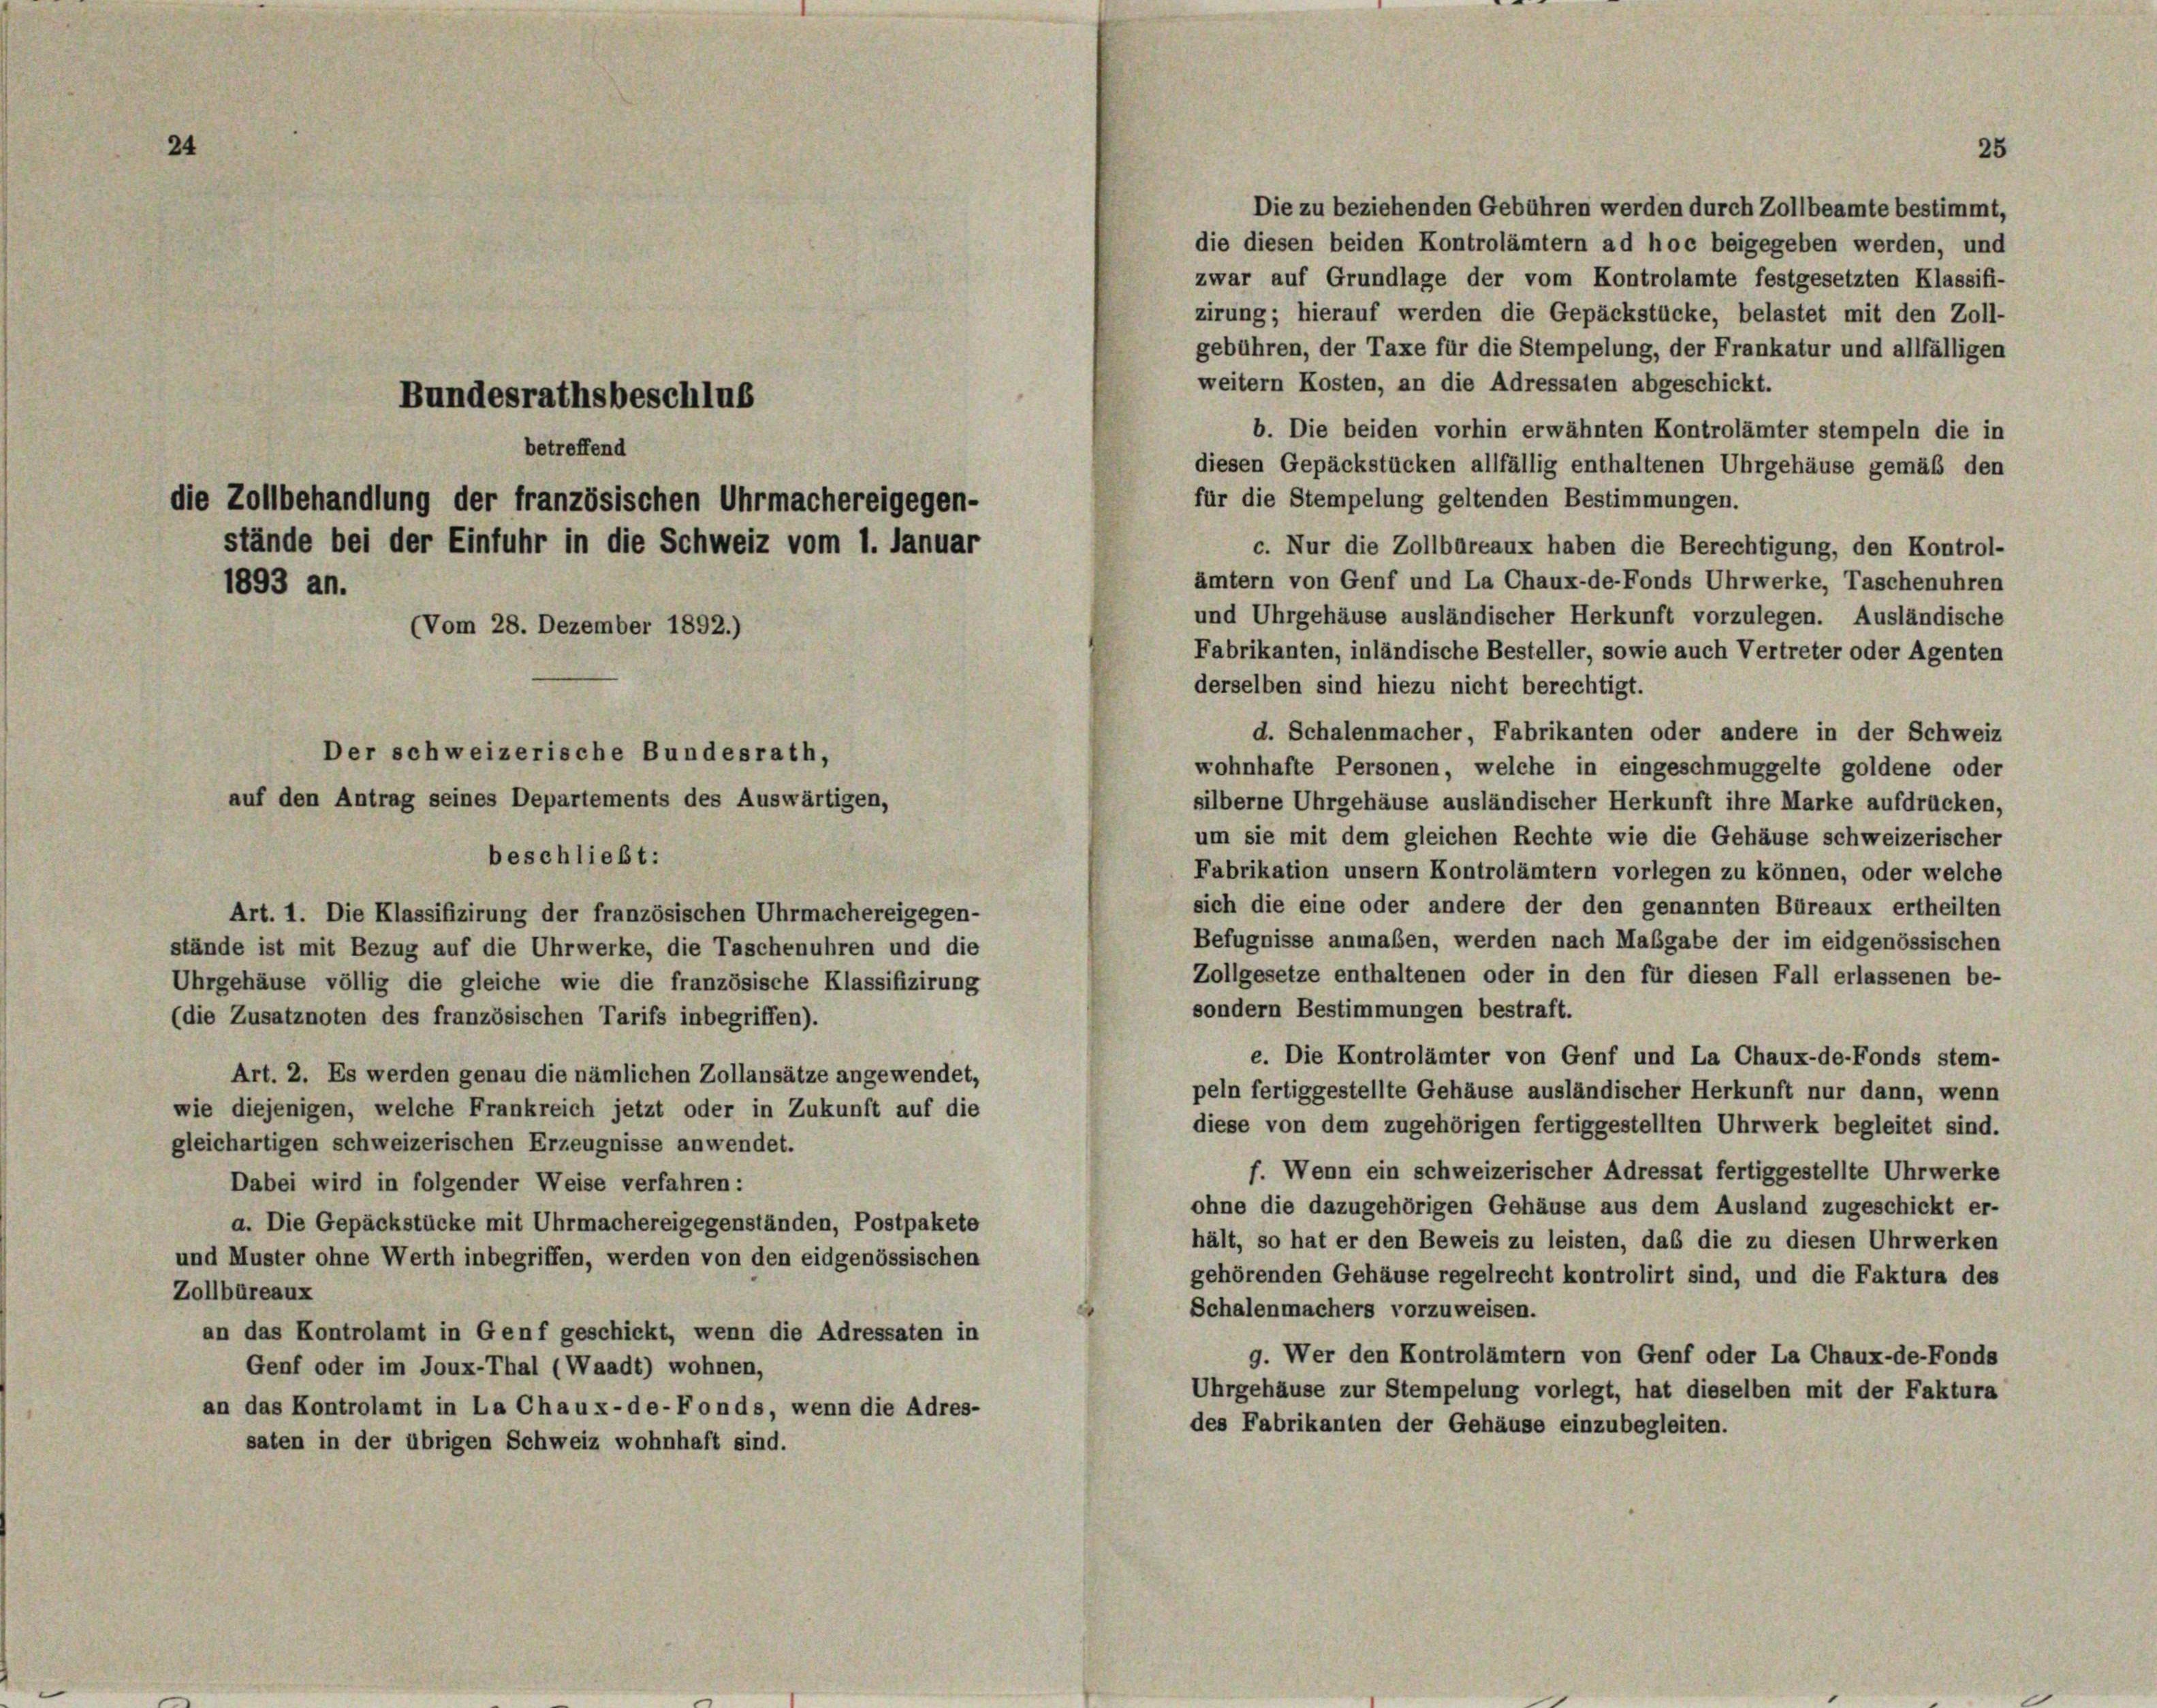
1893 an.

derselben sind hiezu nicht berechtigt.
d. Schalenmacher, Fabrikanten oder andere in der Schweiz
wohnhafte Personen, welche in eingeschmuggelte goldene oder
silberne Uhrgehäuse ausländischer Herkunft ihre Marke aufdrücken,
um sie mit dem gleichen Rechte wie die Gehäuse schweizerischer
Fabrikation unsern Kontrolämtern vorlegen zu können, oder welche
sich die eine oder andere der den genannten Büreaux ertheilten
Art. 1. Die Klassifizirung der französischen Uhrmachereigegen-
Befugnisse anmaßen, werden nach Maßgabe der im eidgenössischen
stände ist mit Bezug auf die Uhrwerke, die Taschenuhren und die
Zollgesetze enthaltenen oder in den für diesen Fall erlassenen be-
Uhrgehäuse völlig die gleiche wie die französische Klassifizirung
sondern Bestimmungen bestraft.
(die Zusatznoten des französischen Tarifs inbegriffen).
e. Die Kontrolämter von Genf und La Chaux-de-Fonds stem-
Art. 2. Es werden genau die nämlichen Zollansätze angewendet,
peln fertiggestellte Gehäuse ausländischer Herkunft nur dann, wenn
wie diejenigen, welche Frankreich jetzt oder in Zukunft auf die
diese von dem zugehörigen fertiggestellten Uhrwerk begleitet sind.
gleichartigen schweizerischen Erzeugnisse anwendet.
f. Wenn ein schweizerischer Adressat fertiggestellte Uhrwerke
Dabei wird in folgender Weise verfahren:
ohne die dazugehörigen Gehäuse aus dem Ausland zugeschickt er-
a. Die Gepäckstücke mit Uhrmachereigegenständen, Postpakete
hält, so hat er den Beweis zu leisten, das die zu diesen Uhrwerken
und Muster ohne Werth inbegriffen, werden von den eidgenössischen
gehörenden Gehäuse regelrecht kontrolirt sind, und die Faktura des
Zollbüreaux
Schalenmachers vorzuweisen.
an das Kontrolamt in Genf geschickt, wenn die Adressaten in
g. Wer den Kontrolämtern von Genf oder La Chaux-de-Fonds
Genf oder im Joux-Thal (Waadt) wohnen,
Uhrgehäuse zur Stempelung vorlegt, hat dieselben mit der Faktura
an das Kontrolamt in La Chaux-de-Fonds, wenn die Adres-
des Fabrikanten der Gehäuse einzubegleiten.
saten in der übrigen Schweiz wohnhaft sind.

Bundesrathsbeschlus
(Vom 28. Dezember 1892.)
Der schweizerische Bundesrath,
auf den Antrag seines Departements des Auswärtigen,

beschließt:

betreffend
die Zollbehandlung der französischen Uhrmachereigegen-
stände bei der Einfuhr in die Schweiz vom 1. Januar

25

Die zu beziehenden Gebühren werden durch Zollbeamte bestimmt,
die diesen beiden Kontrolämtern ad hoc beigegeben werden, und
zwar auf Grundlage der vom Kontrolamte festgesetzten Klassifi-
zirung; hierauf werden die Gepäckstücke, belastet mit den Zoll-
gebühren, der Taxe für die Stempelung, der Frankatur und allfälligen
weitern Kosten, an die Adressalen abgeschickt.
b. Die beiden vorhin erwähnten Kontrolämter stempeln die in
diesen Gepäckstücken allfällig enthaltenen Uhrgehäuse gemäß den
für die Stempelung geltenden Bestimmungen.
c. Nur die Zollbareaux haben die Berechtigung, den Kontrol-
ämtern von Genf und La Chaux-de-Fonds Uhrwerke, Taschenuhren
und Uhrgehäuse ausländischer Herkunft vorzulegen. Ausländische
Fabrikanten, inländische Besteller, sowie auch Vertreter oder Agenten